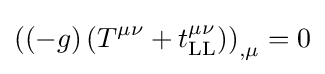
\left(\left(-g\right)\left(T^{\mu \nu }+t_{\text{LL}}^{\mu \nu }\right)\right)_{,\mu }=0